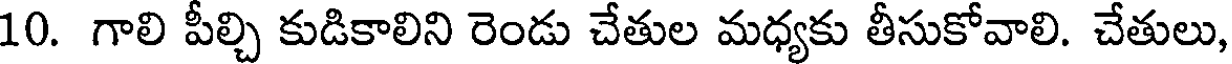
10. గాలి పీల్చి కుడికాలిని రెండు చేతుల మధ్యకు తీసుకోవాలి. చేతులు,